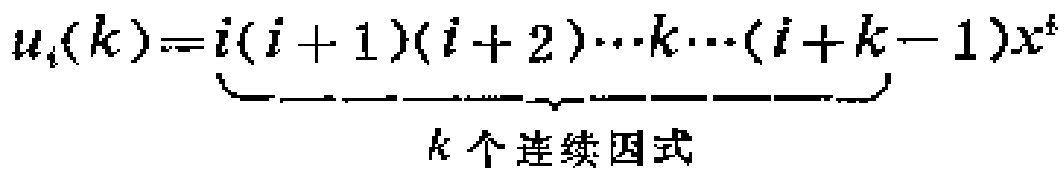
\[u_{i}(k)=\underbrace{i(i + 1)(i + 2)\cdots k\cdots(i + k - 1)}_{k个连续因式}x^{k}\]